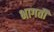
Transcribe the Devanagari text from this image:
भागतीं